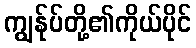
ကျွန်ုပ်တို့၏ကိုယ်ပိုင်